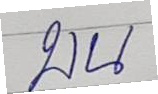
บน